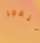
تنفجر